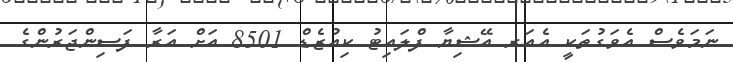
ނަމަވެސް އެވަގުތަކީ އެއަރ އޭޝިޔާ ފްލައިޓު ކިއުޒެޑް 8501 އަށް އަރާ ފަސިންޖަރުންގެ